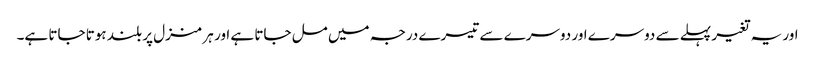
اور یہ تغیر پہلے سے دوسرے اور دوسرے سے تیسرے درجہ میں مل جاتا ہے اور ہر منزل پر بلند ہوتا جاتا ہے۔